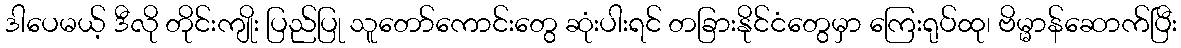
ဒါပေမယ့် ဒီလို တိုင်းကျိုး ပြည်ပြု သူတော်ကောင်းတွေ ဆုံးပါးရင် တခြားနိုင်ငံတွေမှာ ကြေးရုပ်ထု၊ ဗိမ္မာန်ဆောက်ပြီး